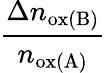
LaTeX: \frac{\Delta n_{\mathrm{ox(B)}}}{n_{\mathrm{ox(A)}}}